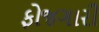
ફોજગારી